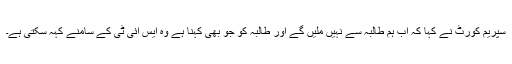
سپریم کورٹ نے کہا کہ اب ہم طالبہ سے نہیں ملیں گے اور طالبہ کو جو بھی کہنا ہے وہ ایس آئی ٹی کے سامنے کہہ سکتی ہے۔